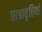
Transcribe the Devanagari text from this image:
छात्रावृत्तियां